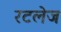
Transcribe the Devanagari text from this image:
रटलेज